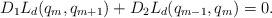
LaTeX: \begin{align*} D_1 L_d (q_m,q_{m+1})+D_2 L_d (q_{m-1},q_{m})=0.\end{align*}